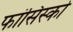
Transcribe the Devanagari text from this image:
फांसिस्को